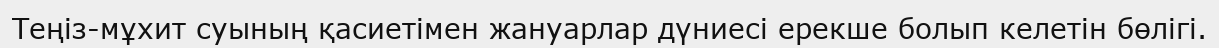
Теңіз-мұхит суының қасиетімен жануарлар дүниесі ерекше болып келетін бөлігі.